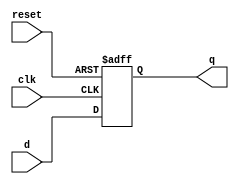
`timescale 1ns / 1ps
//////////////////////////////////////////////////////////////////////////////////
// Company: 
// Engineer: 
// 
// Design Name: 
// Module Name: DFLIPFLOP
// Project Name: 
// Target Devices: 
// Tool Versions: 
// Description: 
// 
// Dependencies: 
// 
// Revision:
// Revision 0.01 - File Created
// Additional Comments:
// 
//////////////////////////////////////////////////////////////////////////////////


module D_FlipFlop (
    input d,      // Data input
    input clk,    // Clock input
    input reset,  // Reset input
    output reg q  // Output
);

    always @(posedge clk or posedge reset)
    begin
        if (reset)
            q <= 1'b0;  // Reset state
        else
            q <= d;     // D input is transferred to Q on clock edge
    end

endmodule